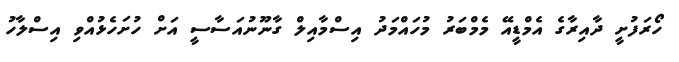
ހޯރަފުށީ ދާއިރާގެ އެމްޑީއޭ މެމްބަރު މުހައްމަދު އިސްމާއިލް ގާނޫނުއަސާސީ އަށް ހުށަހެޅުއްވި އިސްލާހު